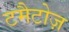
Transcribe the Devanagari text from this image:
टमैटोज़